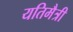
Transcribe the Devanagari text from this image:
यतिमैत्री